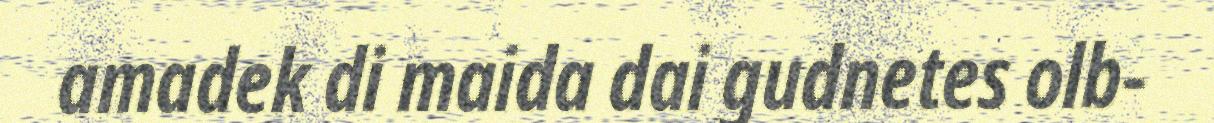
amadek di maida dai gudnetes olb-